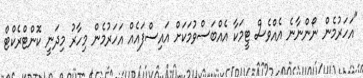
"އަހަރުމެން ނޯންނާނެ އެއްވެސް ޓީމަކާ އެއްބަސްވުމަކަށް އައިސްފައެއް އަހަރުމެން މިހާރު މިދަނީ ކޮންޓްރެކްޓް